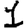
Digit: 1